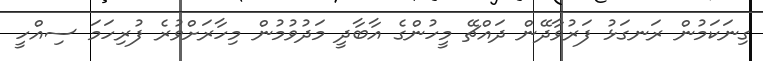
ގިނަކަމުން ރަނގަޅު ފަރުވާދޭން ދައްޗޭ މީހުންގެ އާބާދީ މަދުވުމުން މިހާރަށްވުރެ ފުރިހަމަ ސިއްހީ